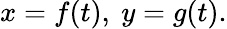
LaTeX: x=f(t),\ y=g(t).